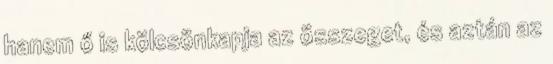
hanem ő is kölcsönkapja az összeget, és aztán az